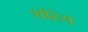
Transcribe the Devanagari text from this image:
शोरेय